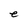
Character: e